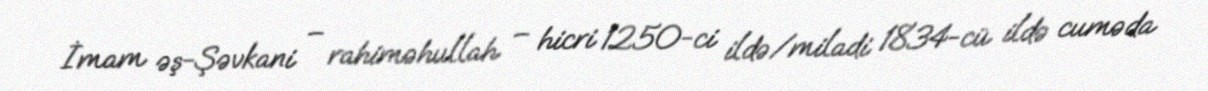
İmam əş-Şəvkani – rahiməhullah – hicri 1250-ci ildə/miladi 1834-cü ildə cuməda